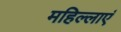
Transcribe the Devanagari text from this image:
महिल्लाएं